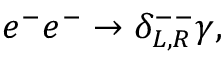
e ^ { - } e ^ { - } \rightarrow \delta _ { L , R } ^ { -- } \gamma ,